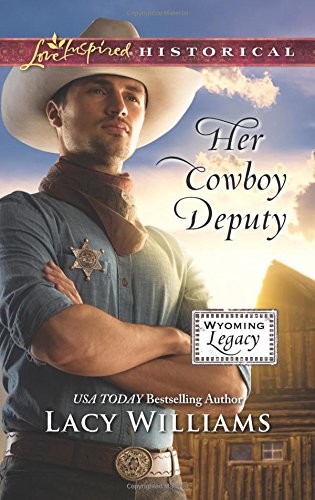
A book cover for Her Cowboy Deputy (Wyoming Legacy); Lacy Williams; Romance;